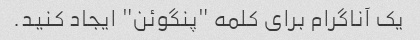
یک آناگرام برای کلمه "پنگوئن" ایجاد کنید.